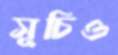
সূচিও